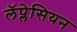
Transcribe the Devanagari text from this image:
लॅप्लेसियन